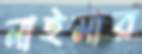
নাইমার